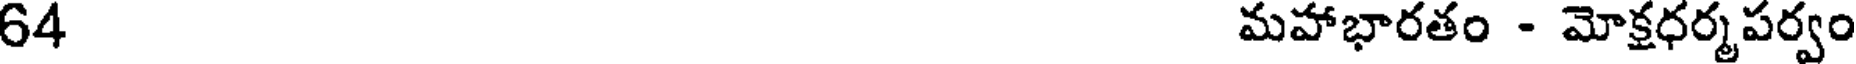
64 మహాభారతం - మోక్రధర్మపర్వం